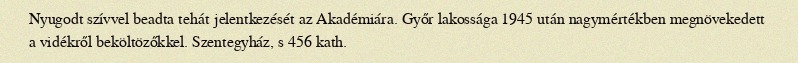
Nyugodt szívvel beadta tehát jelentkezését az Akadémiára. Győr lakossága 1945 után nagymértékben megnövekedett a vidékről beköltözőkkel. Szentegyház, s 456 kath.